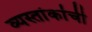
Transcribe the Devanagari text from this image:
व्यस्तांकांची